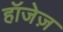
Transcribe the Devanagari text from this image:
हॉजेज़